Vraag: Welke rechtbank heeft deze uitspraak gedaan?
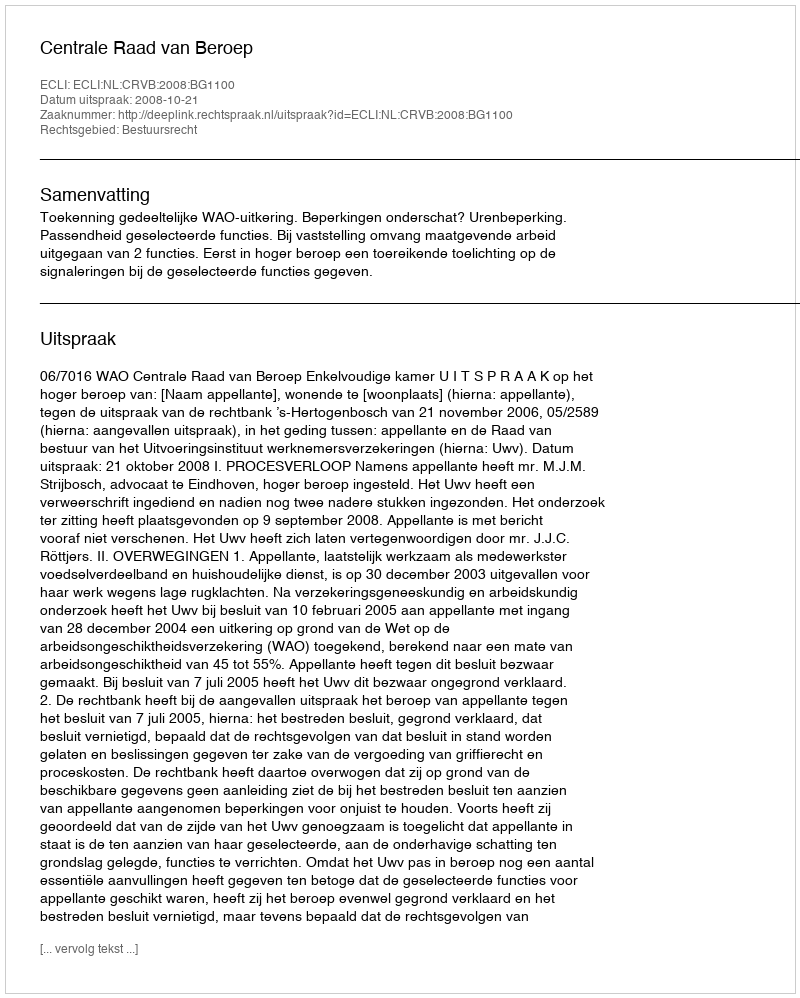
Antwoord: Centrale Raad van Beroep